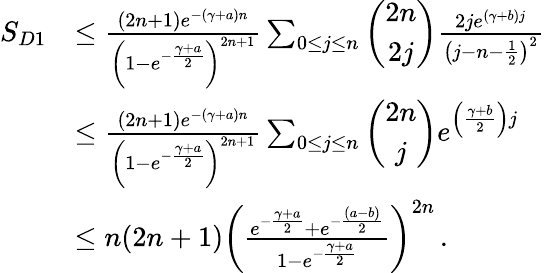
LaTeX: \begin{array}{rl}{S_{D1}}&{\le\frac{(2n+1)e^{-(\gamma+a)n}}{\left(1-e^{-\frac{\gamma+a}{2}}\right)^{2n+1}}\sum_{0\le j\le n}\left(\begin{array}{c}{2n}\\ {2j}\end{array}\right)\frac{2je^{(\gamma+b)j}}{\left(j-n-\frac{1}{2}\right)^{2}}}\\ &{\le\frac{(2n+1)e^{-(\gamma+a)n}}{\left(1-e^{-\frac{\gamma+a}{2}}\right)^{2n+1}}\sum_{0\le j\le n}\left(\begin{array}{c}{2n}\\ {j}\end{array}\right)e^{\left(\frac{\gamma+b}{2}\right)j}}\\ &{\le n(2n+1)\left(\frac{e^{-\frac{\gamma+a}{2}}+e^{-\frac{(a-b)}{2}}}{1-e^{-\frac{\gamma+a}{2}}}\right)^{2n}\, .}\end{array}